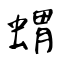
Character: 蝟